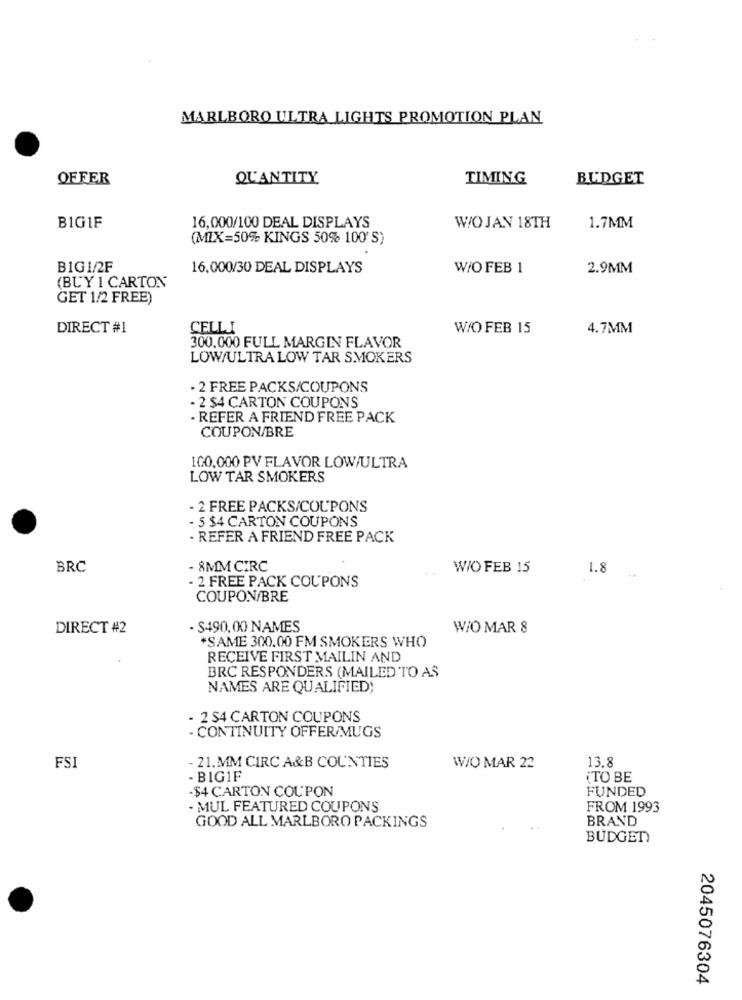
MARLBORO ULTRA LIGHTS PROMOTION PLAN
OFFER
QUANTITY
TIMING
BUDGET
BIG1F
16,000/100 DEAL DISPLAYS
WOJAN 18TH
1.7MM
(MIX=50% KINGS 50% 100'S)
BIG1/2F
16,000/30 DEAL DISPLAYS
W/O FEB 1
2.9MM
(BUY 1 CARTON
GET 1/2 FREE)
DIRECT #1
CELLI
W/O FEB 15
4.7MM
300.000 FULL MARGIN FLAVOR
LOW/ULTRA LOW TAR SMOKERS
- 2 FREE PACKS/COUPONS
- 2 $4 CARTON COUPONS
- REFER A FRIEND FREE PACK
COUPON/BRE
100,000 PV FLAVOR LOW/ULTRA
LOW TAR SMOKERS
- 2 FREE PACKS/COUPONS
- 5 $4 CARTON COUPONS
- REFER A FRIEND FREE PACK
BRC
- 8MM CIRC
W/O FEB 15
1.8
- 2 FREE PACK COUPONS
COUPON/BRE
DIRECT #2
- S490, 00 NAMES
W/O MAR 8
*SAME 300.00 FM SMOKERS WHO
RECEIVE FIRST MAILIN AND
BRC RESPONDERS (MAILED TO AS
NAMES ARE QUALIFIED;
- 2 S4 CARTON COUPONS
- CONTINUITY OFFER/MUGS
- 21.MM CIRC A&B COUNTIES
13.8
FSI
W/O MAR 22
- BIG1F
¿TO BE
-$4 CARTON COUPON
FUNDED
· MUL FEATURED COUPONS
FROM 1993
BRAND
GOOD ALL MARLBORO PACKINGS
BUDGET
2045076304